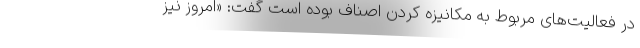
در فعالیت‌های مربوط به مکانیزه کردن اصناف بوده است گفت: «امروز نیز